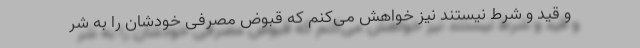
و قید و شرط نیستند نیز خواهش می‌کنم که قبوض مصرفی خودشان را به شر